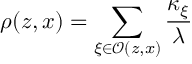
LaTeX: \rho ( z , x ) = \sum _ { \xi \in \mathcal { O } ( z , x ) } \frac { \kappa _ { \xi } } { \lambda }